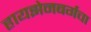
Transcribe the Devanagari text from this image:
हायझेनबर्गचा